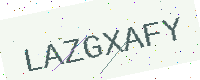
Text: LAZGXAFY